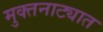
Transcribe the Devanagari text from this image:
मुक्तनाट्यात